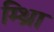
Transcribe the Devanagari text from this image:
म्थ्राि